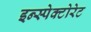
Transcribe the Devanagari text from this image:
इन्स्पेक्टोरेट